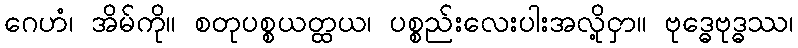
ဂေဟံ၊ အိမ်ကို။ စတုပစ္စယတ္ထယ၊ ပစ္စည်းလေးပါးအလို့ငှာ။ ဗုဒ္ဓေဗုဒ္ဓဿ၊